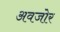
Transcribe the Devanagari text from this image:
अवजोर